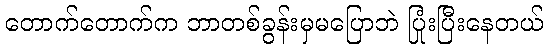
တောက်တောက်က ဘာတစ်ခွန်းမှမပြောဘဲ ပြုံးပြီးနေတယ်